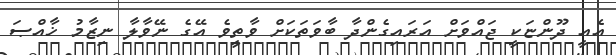
އެއީ ދޫންޏަކީ ޖައްވަށް އަރައިގެންދާ ބާވަތަކަށް ވާތީވެ އޭގެ ނޭވާލާ ނިޒާމު ޚާއްޞަ